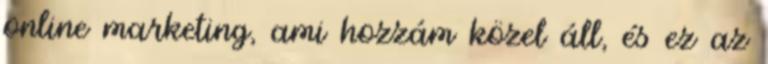
online marketing, ami hozzám közel áll, és ez az